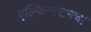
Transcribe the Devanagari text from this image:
एल्फिन्स्टनचा